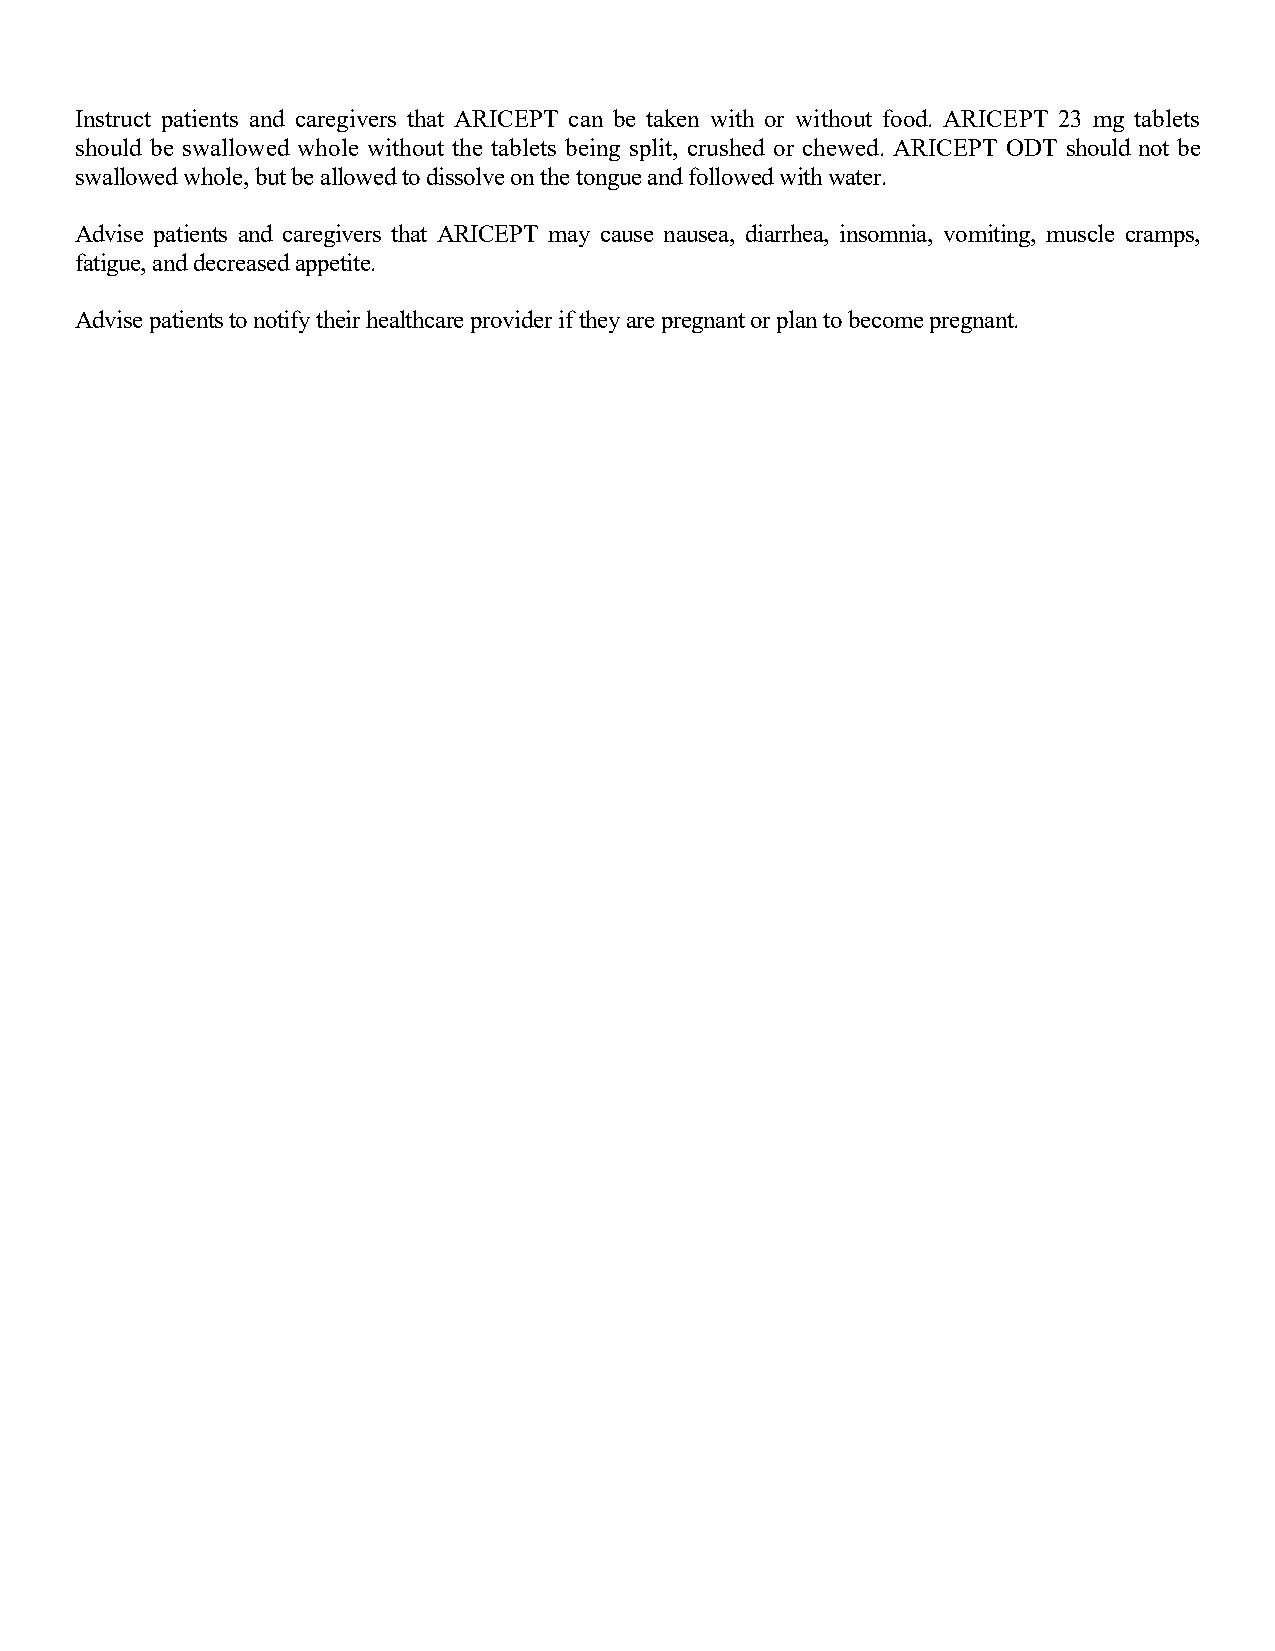
Instruct patients and caregivers that ARICEPT can be taken with or without food. ARICEPT 23 mg tablets
 should be swallowed whole without the tablets being split, crushed or chewed. ARICEPT ODT should not be
 swallowed whole, but be allowed to dissolve on the tongue and followed with water.
 Advise patients and caregivers that ARICEPT may cause nausea, diarrhea, insomnia, vomiting, muscle cramps,
 fatigue, and decreased appetite.
 Advise patients to notify their healthcare provider if they are pregnant or plan to become pregnant.